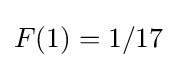
F(1)=1/17